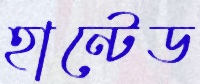
হান্টেড